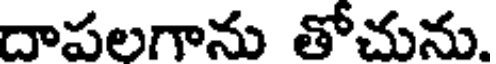
దాపలగాను తోచును.